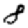
Digit: 8